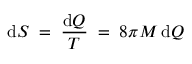
\mathrm { d } S \; = \; { \frac { \mathrm { d } Q } { T } } \; = \; 8 \pi M \, \mathrm { d } Q